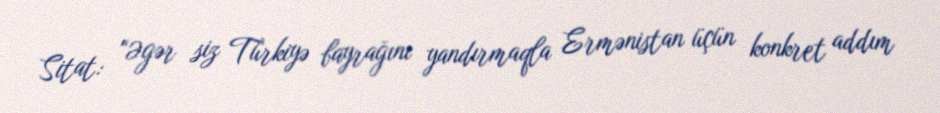
Sitat: “Əgər siz Türkiyə bayrağını yandırmaqla Ermənistan üçün konkret addım